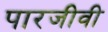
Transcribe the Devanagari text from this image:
पारजीवी